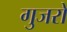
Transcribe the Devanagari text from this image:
गुजरो